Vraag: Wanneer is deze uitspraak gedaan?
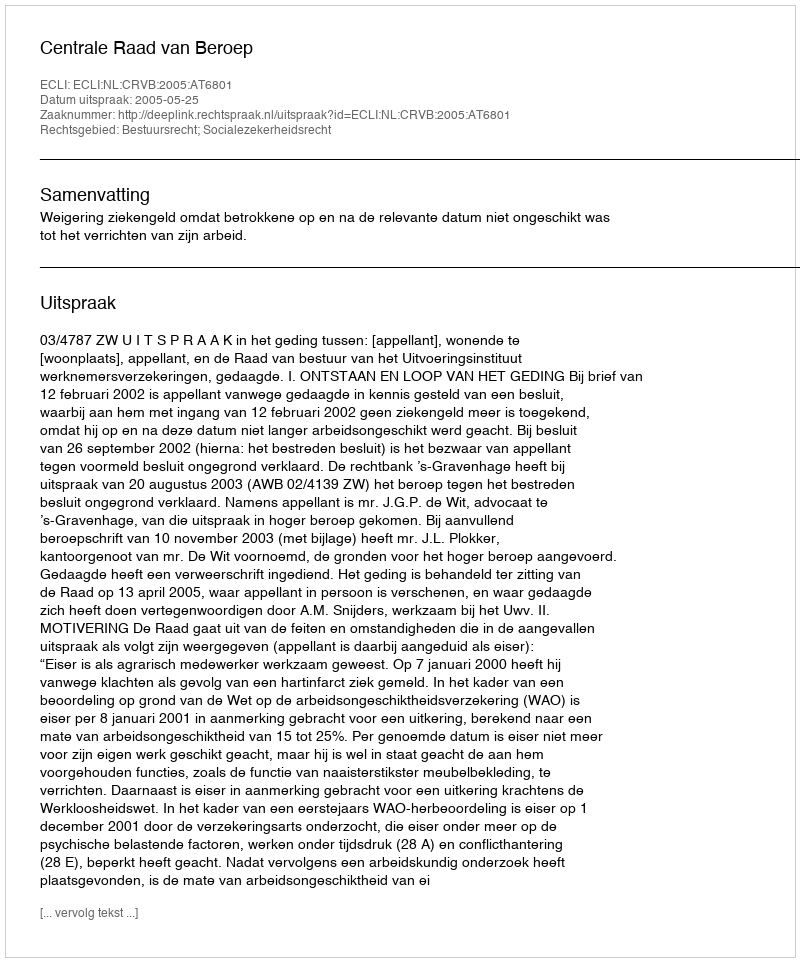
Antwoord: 2005-05-25